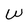
Character: W